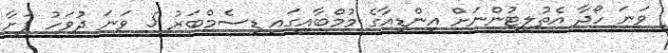
ވަނަ ހޯދާ އެތުލީޓުންނަށް އިންޑިއާގެ މުމްބާއީގައި ޑިސެމްބަރު 5 ވަނަ ދުވަހު ފަށާ